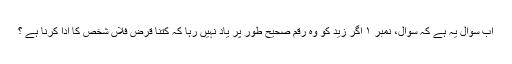
اب سوال یہ ہے کہ سوال، نمبر ۱ اگر زید کو وہ رقم صحیح طور پر یاد نہیں رہا کہ کتنا قرض فلاں شخص کا ادا کرنا ہے ؟